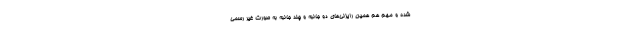
شده و مهم هم همین رایزنی‌های دو جانبه و چند جانبه به صورت غیر رسمی